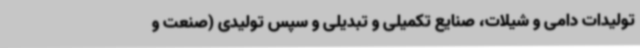
تولیدات دامی و شیلات، صنایع تکمیلی و تبدیلی و سپس تولیدی (صنعت و